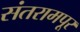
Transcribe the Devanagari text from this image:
संतरामपूर